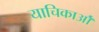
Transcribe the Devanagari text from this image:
याचिकाओँ